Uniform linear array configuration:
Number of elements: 16
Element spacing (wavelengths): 0.25
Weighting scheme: hamming
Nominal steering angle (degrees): -60
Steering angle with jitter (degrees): -61.669
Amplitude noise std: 0.05
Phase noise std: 0.05

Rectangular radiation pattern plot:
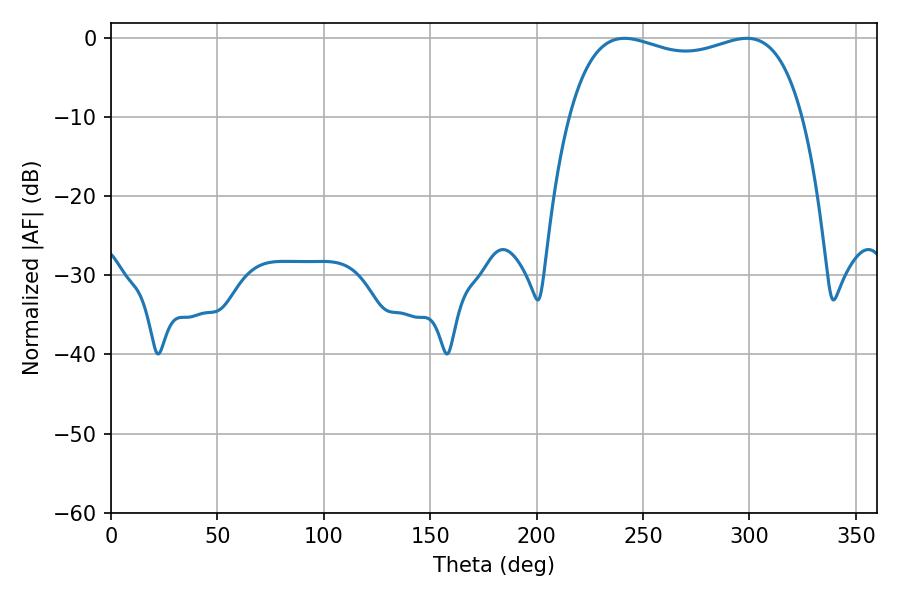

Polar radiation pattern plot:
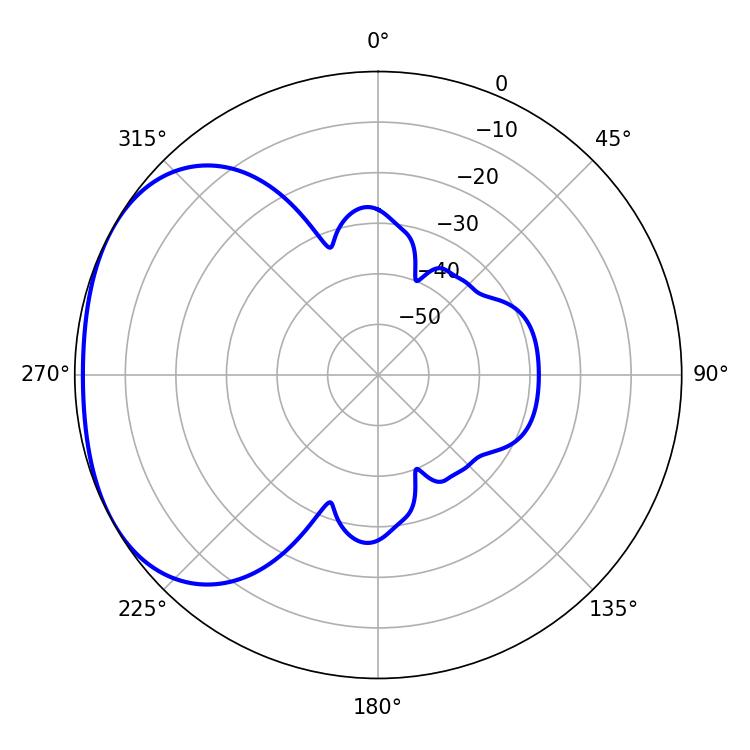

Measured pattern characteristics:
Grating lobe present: FALSE
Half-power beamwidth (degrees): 89.64
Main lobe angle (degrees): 241.2